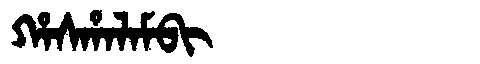
Manchu: ᡥᠠᠰᡥᠠᠯᠠᠮᠪᡳ
Romanization: HASHALAMBI